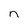
Character: n